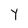
Character: Y